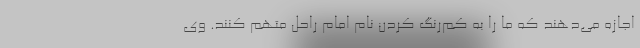
اجازه می‌دهند که ما را به کم‌رنگ کردن نام امام راحل متهم کنند. وی